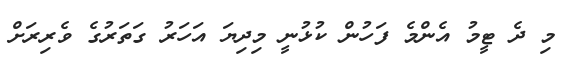
މި ދެ ޓީމު އެންމެ ފަހުން ކުޅުނީ މިދިޔަ އަހަރު ގަތަރުގެ ވެރިރަށް